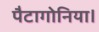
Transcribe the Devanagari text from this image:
पैटागोनिया।